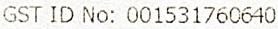
GST ID NO: 001531760640